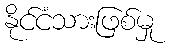
နိုင်ငံသားဖြစ်မှု